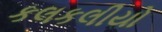
કલકલીયો